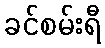
ခင်စမ်းရီ